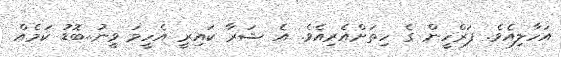
އަހާލިއެވެ. ފަރްހީން ގެ ހިތަށްއެރިއެވެ. އެ ޝަރާ ކައިރީ އެހީމަ ވީނު..ބޮޑު ކަމެއް